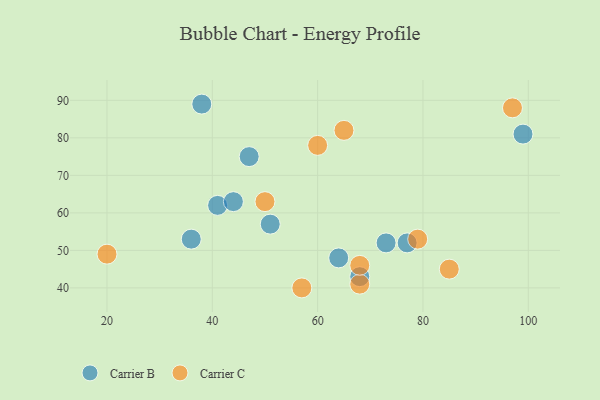
{"axis": {"x": "GDP", "y": "Life Expectancy"}, "legend": ["Carrier B", "Carrier C"], "data": [{"x": "36", "y": 53, "type": "Carrier B"}, {"x": "73", "y": 52, "type": "Carrier B"}, {"x": "47", "y": 75, "type": "Carrier B"}, {"x": "77", "y": 52, "type": "Carrier B"}, {"x": "64", "y": 48, "type": "Carrier B"}, {"x": "41", "y": 62, "type": "Carrier B"}, {"x": "68", "y": 43, "type": "Carrier B"}, {"x": "99", "y": 81, "type": "Carrier B"}, {"x": "44", "y": 63, "type": "Carrier B"}, {"x": "51", "y": 57, "type": "Carrier B"}, {"x": "38", "y": 89, "type": "Carrier B"}, {"x": "50", "y": 63, "type": "Carrier C"}, {"x": "20", "y": 49, "type": "Carrier C"}, {"x": "68", "y": 41, "type": "Carrier C"}, {"x": "65", "y": 82, "type": "Carrier C"}, {"x": "79", "y": 53, "type": "Carrier C"}, {"x": "68", "y": 46, "type": "Carrier C"}, {"x": "85", "y": 45, "type": "Carrier C"}, {"x": "60", "y": 78, "type": "Carrier C"}, {"x": "97", "y": 88, "type": "Carrier C"}, {"x": "57", "y": 40, "type": "Carrier C"}]}